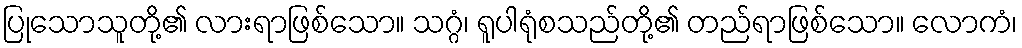
ပြုသောသူတို့၏ လားရာဖြစ်သော။ သဂ္ဂံ၊ ရူပါရုံစသည်တို့၏ တည်ရာဖြစ်သော။ လောကံ၊